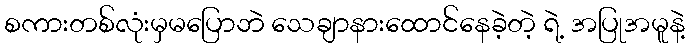
စကားတစ်လုံးမှမပြောဘဲ သေချာနားထောင်နေခဲ့တဲ့ ရဲ့ အပြုအမူနဲ့